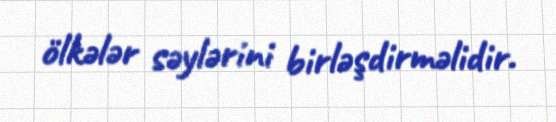
ölkələr səylərini birləşdirməlidir.